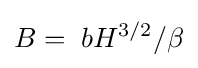
B=\;bH^{3/2}/\beta